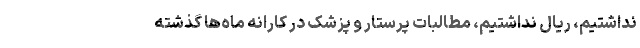
نداشتیم، ریال نداشتیم، مطالبات پرستار و پزشک در کارانه ماه‌ها گذشته